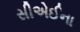
સીએઈના